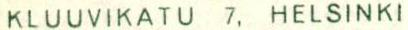
KLUUVIKATU 7, HELSINKI